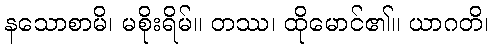
နသောစာမိ၊ မစိုးရိမ်။ တဿ၊ ထိုမောင်၏။ ယာဂတိ၊